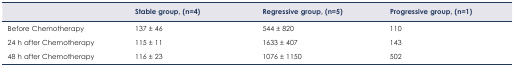
<table><thead><tr><td></td><td><b>Stable group, (n=4)</b></td><td><b>Regressive group, (n=5)</b></td><td><b>Progressive group, (n=1)</b></td></tr></thead><tbody><tr><td>Before Chemotherapy</td><td>137 ± 46</td><td>544 ± 820</td><td>110</td></tr><tr><td>24 h after Chemotherapy</td><td>115 ± 11</td><td>1633 ± 407</td><td>143</td></tr><tr><td>48 h after Chemotherapy</td><td>116 ± 23</td><td>1076 ± 1150</td><td>502</td></tr></tbody></table>